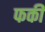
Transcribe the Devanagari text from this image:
फकी